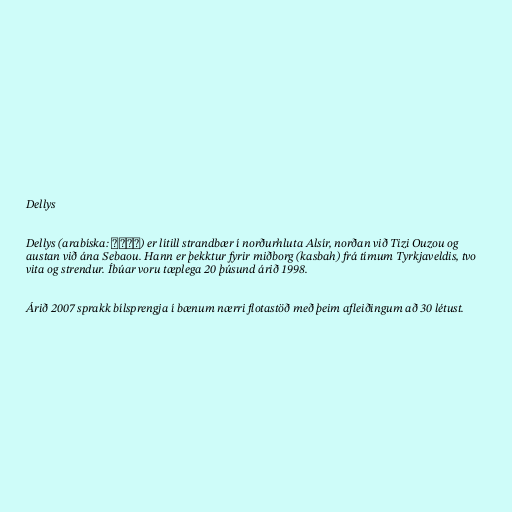
Dellys

Dellys (arabíska: دلّس‎) er lítill strandbær í norðurhluta Alsír, norðan við Tizi Ouzou og
austan við ána Sebaou. Hann er þekktur fyrir miðborg (kasbah) frá tímum Tyrkjaveldis, tvo
vita og strendur. Íbúar voru tæplega 20 þúsund árið 1998.

Árið 2007 sprakk bílsprengja í bænum nærri flotastöð með þeim afleiðingum að 30 létust.